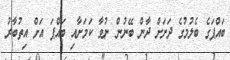
ބައްޕަގެ ބެލުމުގެ ދަށަށް ދާން ބޭނުން ނުވާ ކަމަށާއި ބައްޕަ އަށް އިތުބާރު